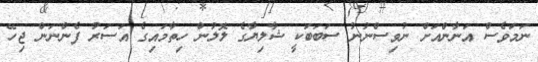
ނަމަވެސް އަނާންއަށް ނުވިސްނުނު ސަބަބަކީ ޝާލިޔާގެ ލޮލުން ހިތާމައިގެ އަސަރު ފެންނަން ޖިހޭ